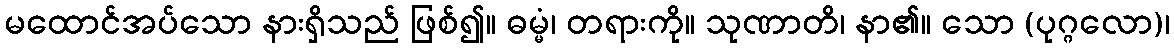
မထောင်အပ်သော နားရှိသည် ဖြစ်၍။ ဓမ္မံ၊ တရားကို။ သုဏာတိ၊ နာ၏။ သော (ပုဂ္ဂလော)၊